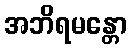
အဘိရမန္တော